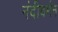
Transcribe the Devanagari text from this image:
नंदीवर्मन